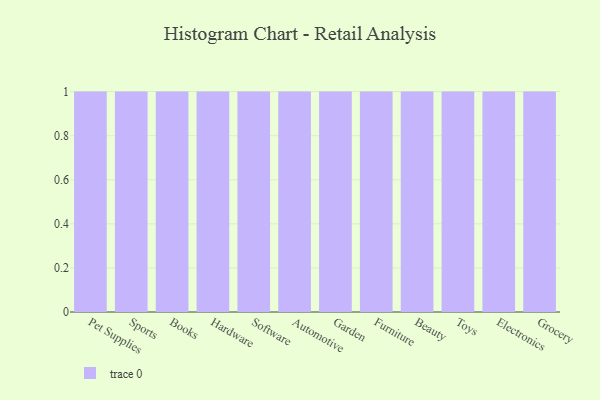
{"axis": {"x": "Category", "y": "Revenue (USD Million)"}, "legend": [""], "data": [{"x": "Pet Supplies", "y": 44, "type": ""}, {"x": "Sports", "y": 97, "type": ""}, {"x": "Books", "y": 71, "type": ""}, {"x": "Hardware", "y": 84, "type": ""}, {"x": "Software", "y": 27, "type": ""}, {"x": "Automotive", "y": 64, "type": ""}, {"x": "Garden", "y": 32, "type": ""}, {"x": "Furniture", "y": 51, "type": ""}, {"x": "Beauty", "y": 85, "type": ""}, {"x": "Toys", "y": 90, "type": ""}, {"x": "Electronics", "y": 95, "type": ""}, {"x": "Grocery", "y": 91, "type": ""}]}